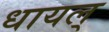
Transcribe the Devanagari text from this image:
धायल्